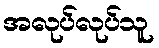
အလုပ်လုပ်သူ